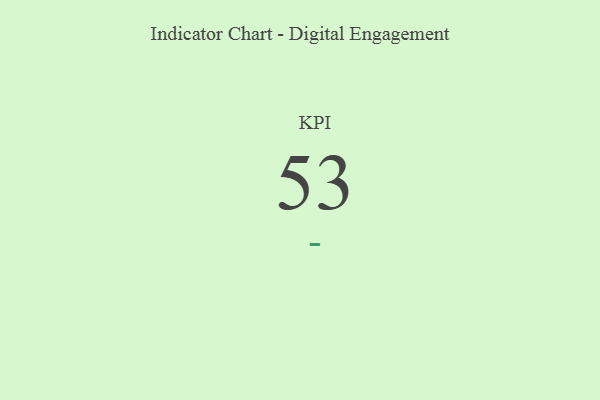
{"axis": {"x": "KPI", "y": "Value"}, "legend": [""], "data": [{"x": "KPI", "y": 53, "type": ""}]}